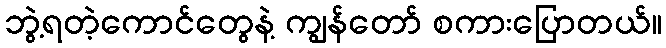
ဘွဲ့ရတဲ့ကောင်တွေနဲ့ ကျွန်တော် စကားပြောတယ်။